Vaccination report Assam 1896-1927 - 1896-1927
Year: 1896
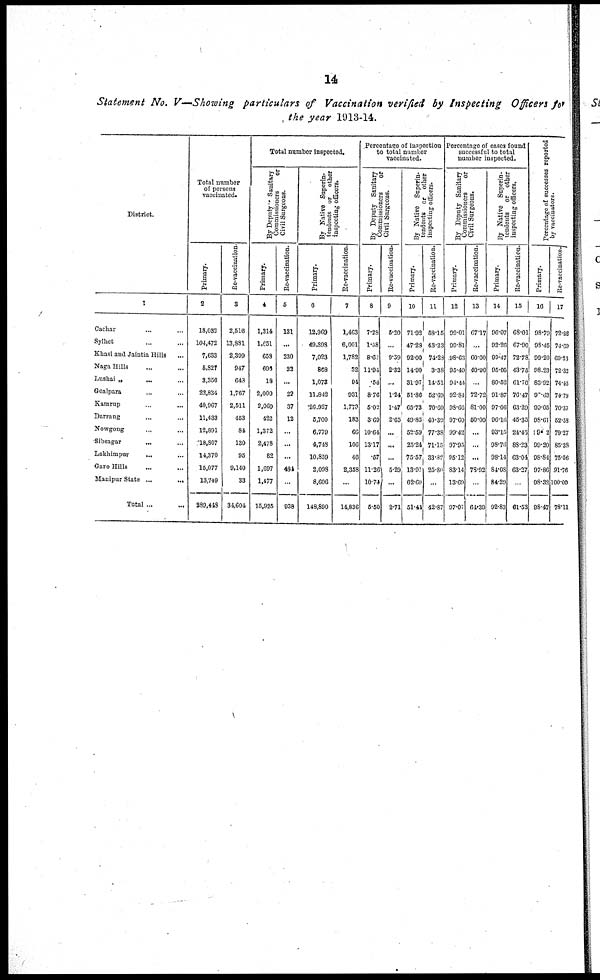
14
Statement No. V—Showing particulars of Vaccination verified by Inspecting Officers for
the year 1913-14.
District.
1
Cachar ... ...
Sylhet ... ...
Khasi and Jaintia Hills ...
Naga Hills ... ...
Lushai „
... ...
Goalpara ... ...
Kamrup
...
...
Darrang ... ...
Nowgong ... ...
Sibsagar
... ...
Lakhimpur
... ...
Garo Hills ... ...
Manipur State ...
...
Total ... ...
Total number
of persons
vaccinated.
Primary.
2
18,082
104,472
7,633
5,827
3,356
22,834
40,967
11,433
12,891
18,807
14,370
15,077
13,749
289,448
Re-vaccination.
3
2,516
13,881
2,399
947
643
1,767
2,511
453
84
130
95
9,140
33
34,604
Total number inspected.
By Deputy Sanitary
Commissioners
or
Civil Surgeons.
Primary.
4
1,314
1,651
658
696
18
2,000
2,060
422
1,372
2,478
82
1,697
1,477
15,925
Re-vaccination.
5
181
...
230
22
...
22
37
12
...
...
...
484
...
938
By Native Superin¬
tendents or
other
inspecting officers.
Primary.
6
12,969
49,898
7,023
868
1,072
11,842
26,927
5,700
6,779
4,748
10,859
2,098
8,606
148,890
Re-vaccination.
7
1,463
6,001
1,782
32
94
931
1,773
183
66
106
40
2,358
...
14,836
Percentage of inspection
to total number
vaccinated.
By Deputy Sanitary
Commissioners
or
Civil Surgeons.
Primary.
8
7.28
1.58
8.62
11.94
.54
8.76
5.02
3.69
10.64
13.17
.57
11.26
10.74
5.50
Re-vaccination.
9
5.20
...
9.59
2.32
...
1.24
1.47
2.65
...
...
...
5.29
...
2.71
By Native Superin-
tendents or other
inspecting officers.
Primary.
10
71.92
47.28
92.00
14.90
31.97
51.86
65.73
49.85
52.59
25.24
75.57
13.91
62.69
51.41
Re-vaccination.
11
58.15
43.23
74.28
3.38
14.51
52.69
70.60
40.39
77.38
71.15
33.82
25.80
...
42.87
Percentage of cases found
successful to total
number inspected.
By Deputy Sanitary
Commissioners
or
Civil Surgeons.
Primary.
12
99.01
99.81
98.63
95.40
94.44
92.84
98.66
97.60
99.42
97.95
95.12
83.14
13.69
97.07
Re-vaccination.
13
67.17
...
60.00
40.90
...
72.72
81.00
50.00
...
...
...
78.92
...
64.39
By Native Superin-
tendents
or other
inspecting officers.
Primary.
14
96.07
92.26
99.47
95.05
80.52
91.87
97.06
96.16
93.15
98.76
98.14
84.08
84.29
92.83
Re-vaccination.
15
68.01
67.90
72.78
43.75
61.70
76.47
63.29
45.35
24.45
88.23
63.04
63.27
...
61.53
Percentage of successes reported
by vaccinators.
Primary.
16
98.79
98.45
99.20
98.23
83.92
95.63
99.05
98.61
99.02
99.20
98.84
97.86
98.32
98.47
Re-vaccination.
17
72.86
74.69
69.26
72.32
74.45
74.79
70.37
52.58
79.27
85.38
75.56
91.76
100.00
78.11